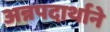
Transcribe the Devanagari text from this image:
अन्नपदार्थाने